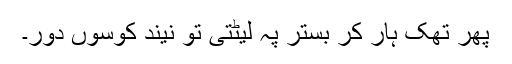
پھر تھک ہار کر بستر پہ لیٹتی تو نیند کوسوں دور۔